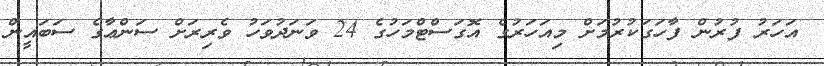
އަހަރު ފުރުން ފާހަގަކުރުމަށް މިއަހަރުގެ އޮގަސްޓްމަހުގެ 24 ވަނަދުވަހު ވެރިރަށް ސަންޢާގެ ސަބައީން